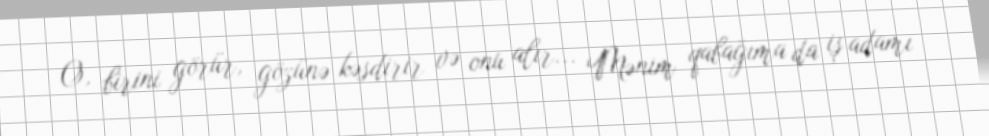
O, birini görür, gözünə kəsdirir və onu alır... Mənim qabağıma da iş adamı